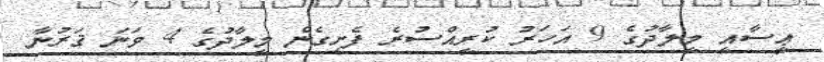
ޢީސާއީ މީލާދުގެ 9 އަހަރު ކުރީއްސުރެ ފެށިގެން މީލާދުގެ 4 ވަނަ ޤަރުނާ